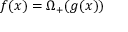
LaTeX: f ( x ) = \Omega _ { + } ( g ( x ) )